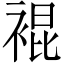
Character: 裩